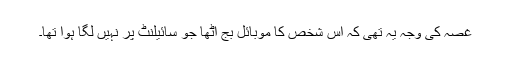
غصہ کی وجہ یہ تھی کہ اس شخص کا موبائل بج اٹھا جو سائیلنٹ پر نہیں لگا ہوا تھا۔